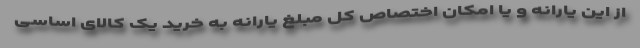
از این یارانه و یا امکان اختصاص کل مبلغ یارانه به خرید یک کالای اساسی